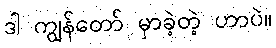
ဒါ ကျွန်တော် မှာခဲ့တဲ့ ဟာပဲ။